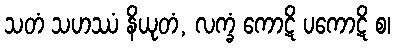
သတံ သဟဿံ နိယုတံ, လက္ခံ ကောဋိ ပကောဋိ စ၊